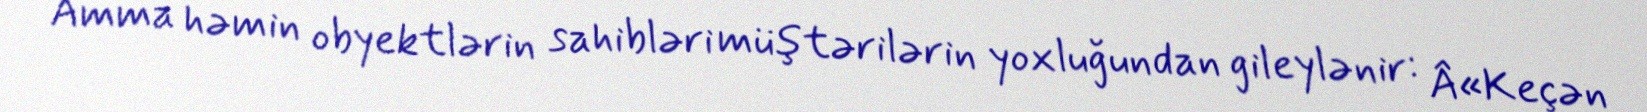
Amma həmin obyektlərin sahibləri müştərilərin yoxluğundan gileylənir: Â«Keçən